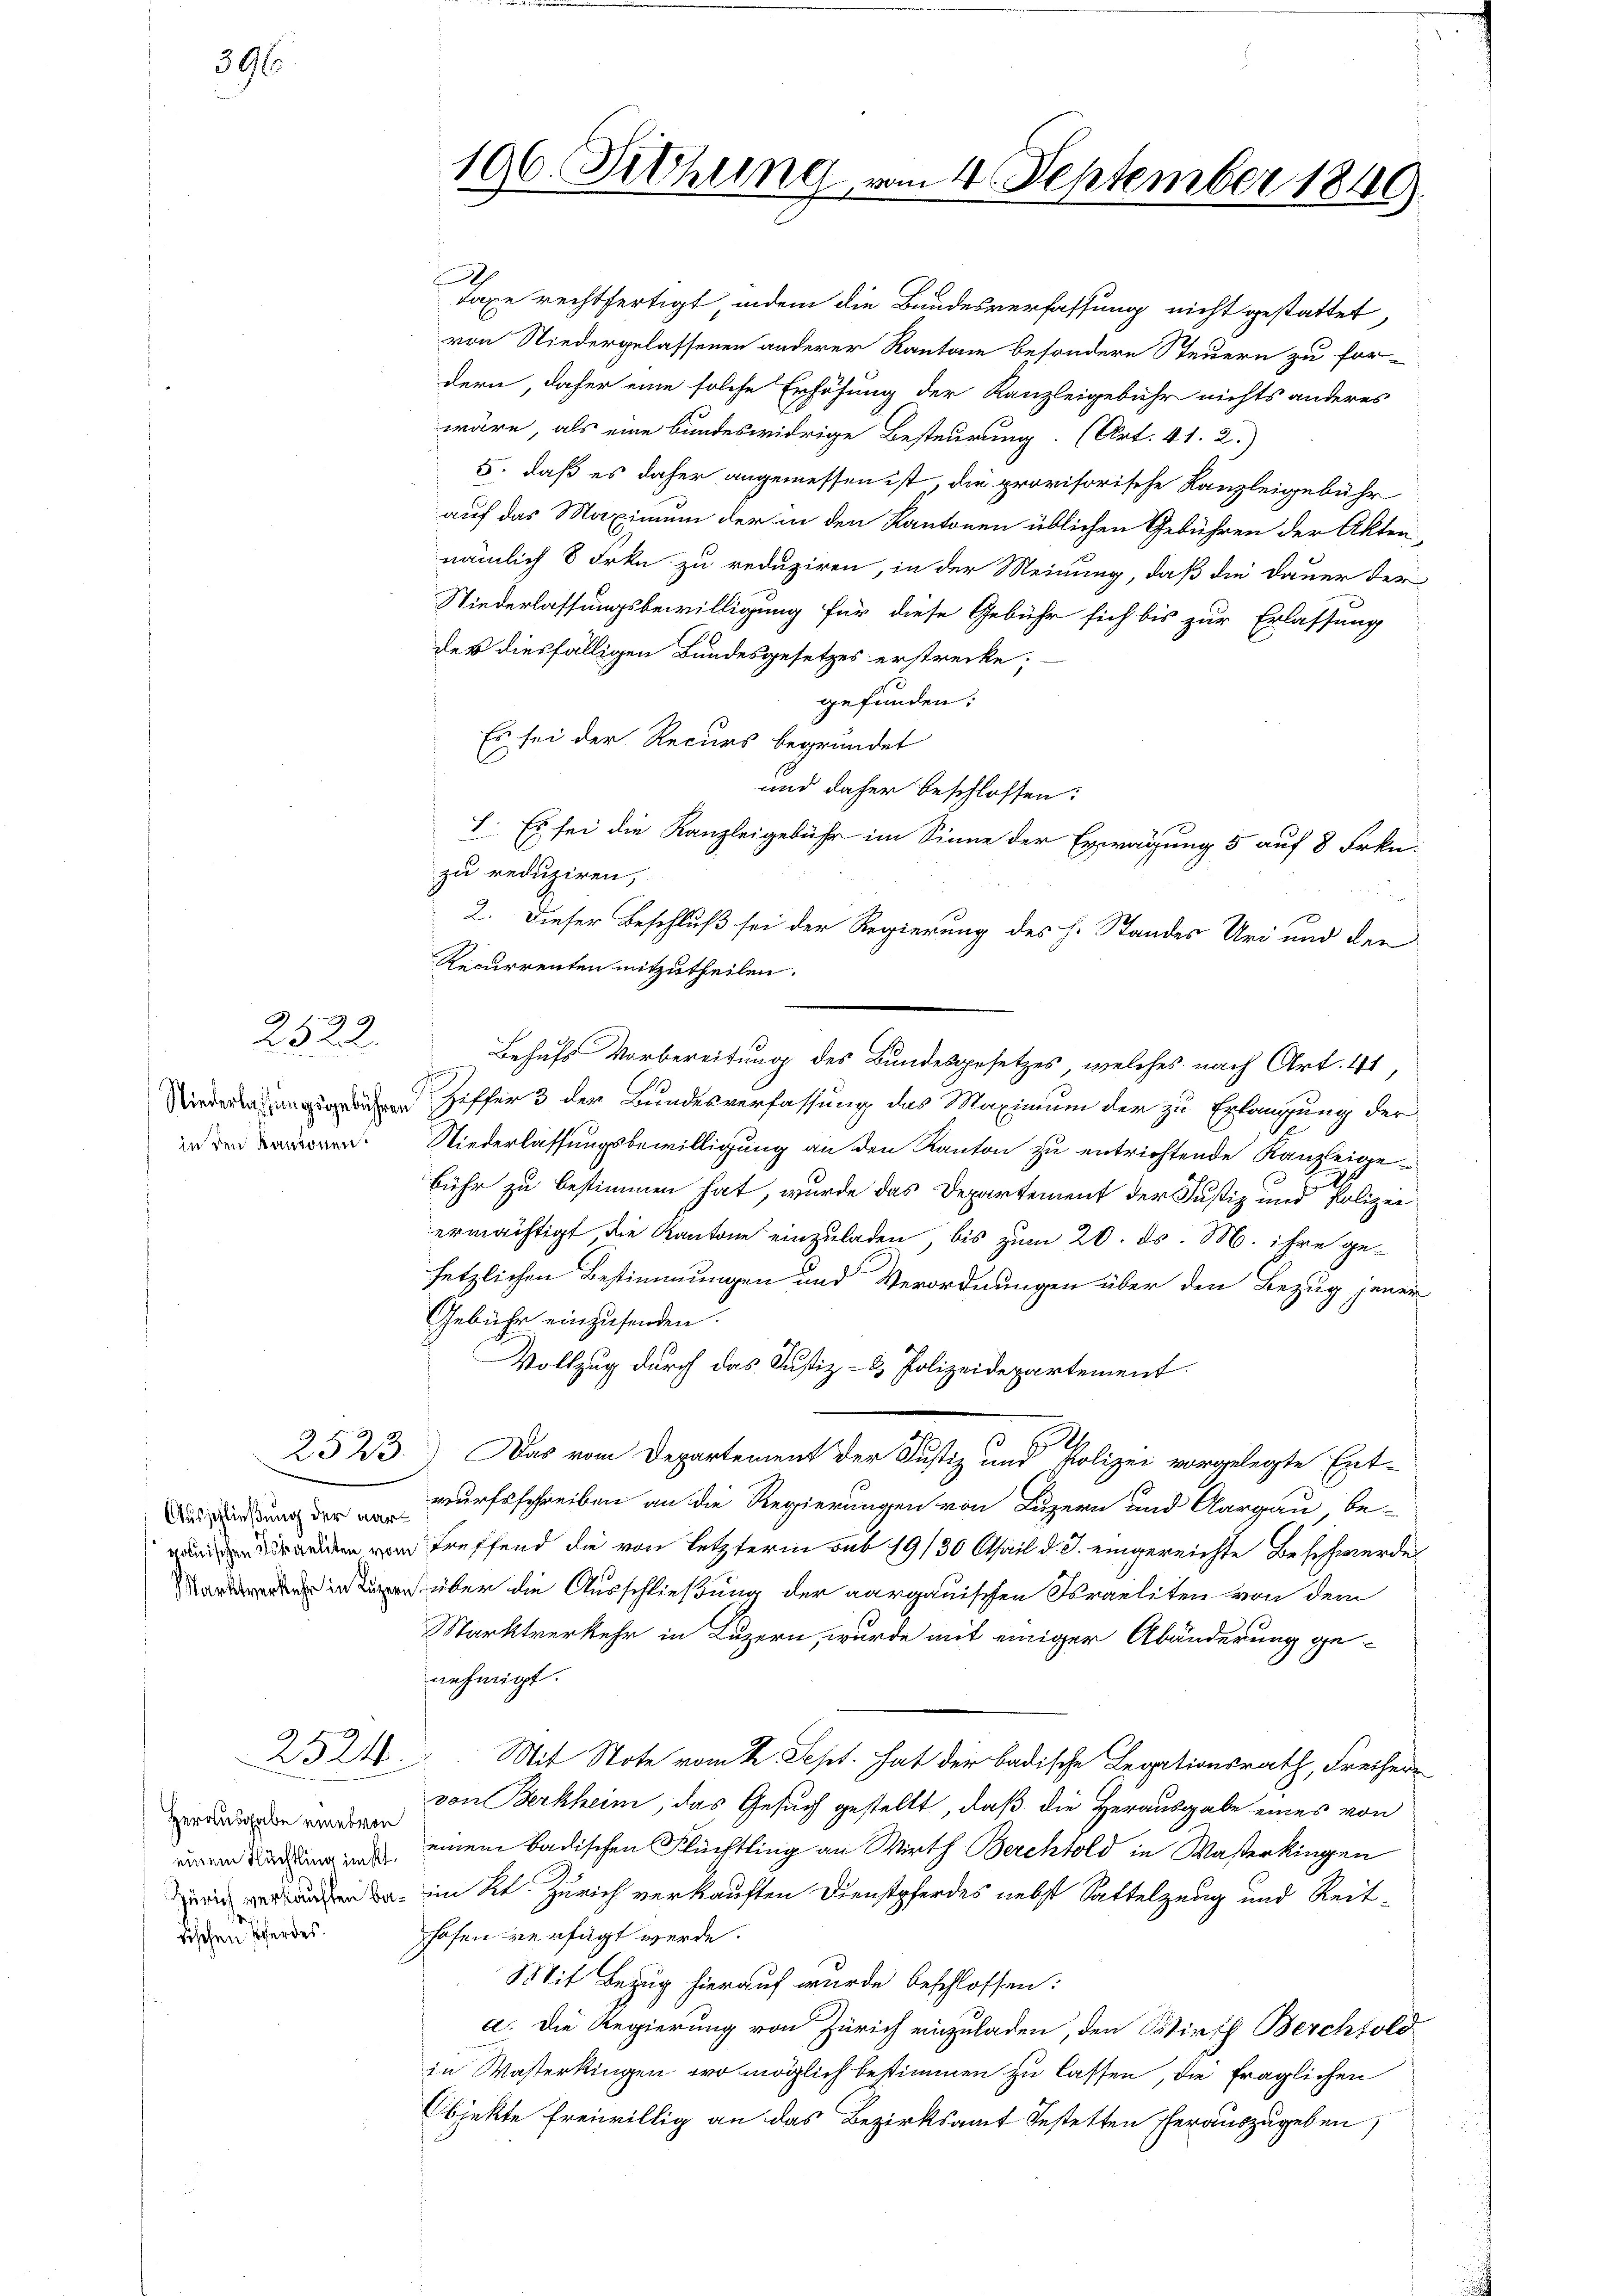
396

.
2522.

Ausschließung der aar¬

2523.

2524

wäre, als eine bundeswidrige Besteurung. (Art. 41. 2.)
5. daß es daher angemessen ist, die provisorische Kanzleigebühr
auf das Maximum der in den Kantonen üblichen Gebühren der Akten,
nämlich 8 Frkn zu reduziren, in der Meinung, daß die Dauer der
Niederlassungsbewilligung für diese Gebühr sich bis zur Erlassung
des diesfälligen Bundesgesetzes erstrecke;
gefunden:
Es sei der Recurs begründet
und daher beschlossen:
I. Es sei die Kanzleigebühr im Sinne der Erwägung 5 auf 8 Frkn.
zu reduziren,
2. Dieser Beschluß sei der Regierung des H. Standes Uri und den
Recurrenten mitzutheilen.
Behufs Vorbereitung des Bundesgesetzes, welches nach Art. 41,
 Ziffer 3 der Bundesverfassung das Maximum der zu Erfangung der
. Niederlassungsbewilligung an den Kanton zu entrichtende Kanzleigebühr zu bestimmen hat, wurde das Departement der Justiz und Polizei
ermächtigt die Kantone einzuladen, bis zum 20. ds. M. ihre gesetzlichen Bestimmungen und Verordnungen über den Bezug jener
Gebühr einzusenden.
Vollzug durch das Justiz- & Polizeidepartement.
Das vom Departement der Justiz und Polizei vorgelegte Ent-
wurfsschreiben an die Regierungen von Luzern und Aargau, be-
een und treffend die von letzterm sub 19/30 April d. J. eingereichte Beschwerde
 über die Ausschließung der aargauischen Israeliten von dem
Marktverkehr in Luzern, wurde mit einiger Abänderung ge-
nehmigt.
Mit Stote vom 22. Sept. hat der badische Legationsrath, Freiherr
von Berkheim, das Gesuch gestellt, daß die Herausgabe eines von
 der einem badischen Flüchtling an Wirth Berchtold in Waßerkingen
 da im Kt. Zürich verkauften Dienstpferdes nebst Sattelzeug und Reithafen verfügt werde.
Mit Bezug hierauf wurde beschlossen:
a. Die Regierung von Zürich einzuladen, den Wirth Berchtold
in Wasterkingen, wo möglich bestimmen zu lassen, die fraglichen
Objekte freiwillig an das Bezirksamt bestetten herauszugeben,

Herausgabe eines von
dischen Pferdes

196. Fetthung vom 4. September 1849

Taxe rechtfertigt, indem die Bandesverfassung nicht gestattet,
von Niedergelassenen anderer Kantone besondere Steuern zu for-
dern, daher eine solche Erhöhung der Kanzleigebühr nichts anderes